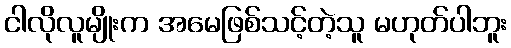
ငါလိုလူမျိုးက အမေဖြစ်သင့်တဲ့သူ မဟုတ်ပါဘူး